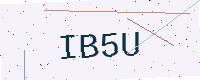
Text: IB5U